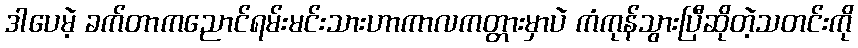
ဒါပေမဲ့ ခက်တာကညောင်ရမ်းမင်းသားဟာကာလကတ္တားမှာပဲ ကံကုန်သွားပြီဆိုတဲ့သတင်းကို